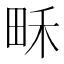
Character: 𤱛